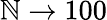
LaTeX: \mathbb{N}\rightarrow100